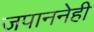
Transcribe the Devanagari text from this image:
जपाननेही